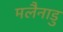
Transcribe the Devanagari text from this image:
मलैनाडु